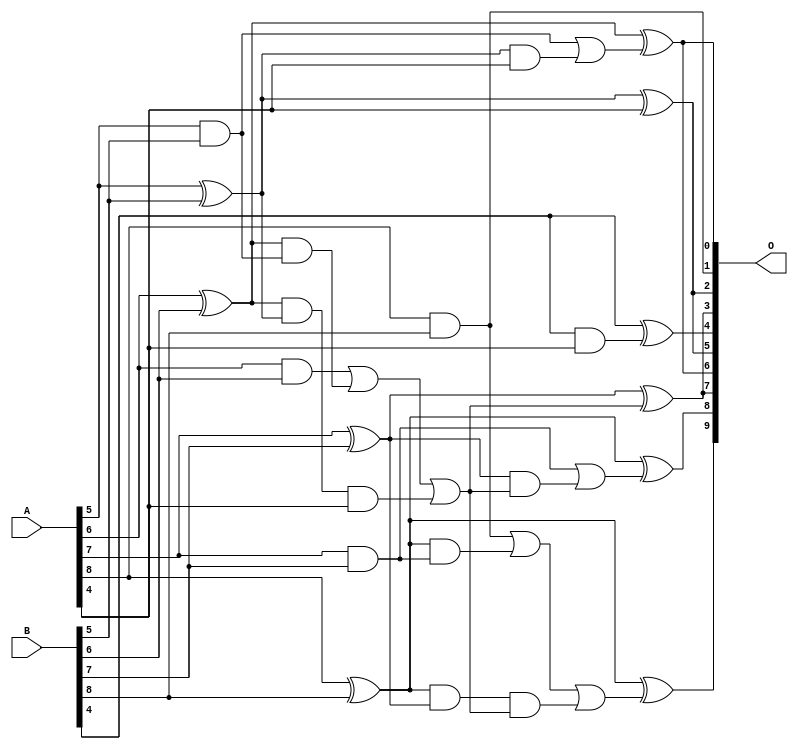
/***
* This code is a part of EvoApproxLib library (ehw.fit.vutbr.cz/approxlib) distributed under The MIT License.
* When used, please cite the following article(s): V. Mrazek, L. Sekanina, Z. Vasicek "Libraries of Approximate Circuits: Automated Design and Application in CNN Accelerators" IEEE Journal on Emerging and Selected Topics in Circuits and Systems, Vol 10, No 4, 2020 
* This file contains a circuit from a sub-set of pareto optimal circuits with respect to the pwr and mae parameters
***/
// MAE% = 1.82 %
// MAE = 9.3 
// WCE% = 6.05 %
// WCE = 31 
// WCRE% = 850.00 %
// EP% = 96.88 %
// MRE% = 15.90 %
// MSE = 128 
// PDK45_PWR = 0.019 mW
// PDK45_AREA = 46.0 um2
// PDK45_DELAY = 0.35 ns

module add9se_09M (
    A,
    B,
    O
);

input [8:0] A;
input [8:0] B;
output [9:0] O;

wire sig_28,sig_29,sig_30,sig_31,sig_32,sig_33,sig_34,sig_36,sig_43,sig_44,sig_45,sig_46,sig_47,sig_48,sig_51,sig_53,sig_58,sig_59,sig_62,sig_64;
wire sig_65,sig_66,sig_67,sig_71,sig_72,sig_73,sig_74,sig_75,sig_76;

assign sig_28 = A[5] & B[5];
assign sig_29 = A[5] ^ B[5];
assign sig_30 = A[6] & B[6];
assign sig_31 = A[6] ^ B[6];
assign sig_32 = A[7] & B[7];
assign sig_33 = A[7] ^ B[7];
assign sig_34 = A[8] & B[8];
assign sig_36 = A[8] ^ B[8];
assign sig_43 = sig_31 & sig_28;
assign sig_44 = sig_31 & sig_29;
assign sig_45 = sig_30 | sig_43;
assign sig_46 = sig_36 & sig_32;
assign sig_47 = sig_36 & sig_33;
assign sig_48 = sig_34 | sig_46;
assign sig_51 = sig_44 & A[4];
assign sig_53 = sig_45 | sig_51;
assign sig_58 = sig_47 & sig_53;
assign sig_59 = sig_48 | sig_58;
assign sig_62 = B[4] & A[4];
assign sig_64 = sig_29 & A[4];
assign sig_65 = sig_28 | sig_64;
assign sig_66 = sig_33 & sig_53;
assign sig_67 = sig_32 | sig_66;
assign sig_71 = B[4] ^ sig_62;
assign sig_72 = sig_29 ^ A[4];
assign sig_73 = sig_31 ^ sig_65;
assign sig_74 = sig_33 ^ sig_53;
assign sig_75 = sig_36 ^ sig_67;
assign sig_76 = sig_36 ^ sig_59;

assign O[9] = sig_76;
assign O[8] = sig_75;
assign O[7] = sig_74;
assign O[6] = sig_73;
assign O[5] = sig_72;
assign O[4] = sig_71;
assign O[3] = sig_74;
assign O[2] = sig_72;
assign O[1] = sig_34;
assign O[0] = sig_73;

endmodule